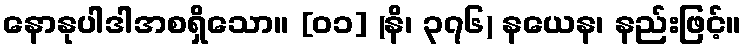
နောနုပါဒါအစရှိသော။ [၀၁] (နိ၊ ၃၇၆) နယေန၊ နည်းဖြင့်။